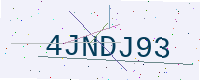
Text: 4JNDJ93